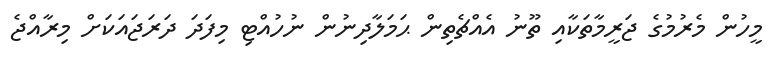
މީހުން މެރުމުގެ ޖަރީމާތަކާއި ތޫނު އެއްޗެތިން ޙަމަލާދިނުން ނުހުއްޓި މިފަދަ ދަރަޖައަކަށް މިރާއްޖެ